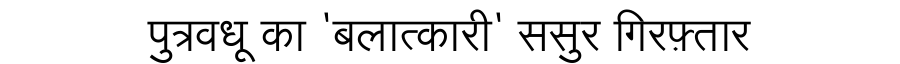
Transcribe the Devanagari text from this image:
पुत्रवधू का 'बलात्कारी' ससुर गिरफ़्तार